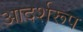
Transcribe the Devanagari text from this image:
आदर्शरूप